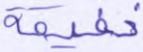
خفيفة